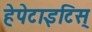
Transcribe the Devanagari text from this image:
हेपेटाइटिस्